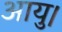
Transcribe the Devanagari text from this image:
आयु।